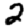
Digit: 2